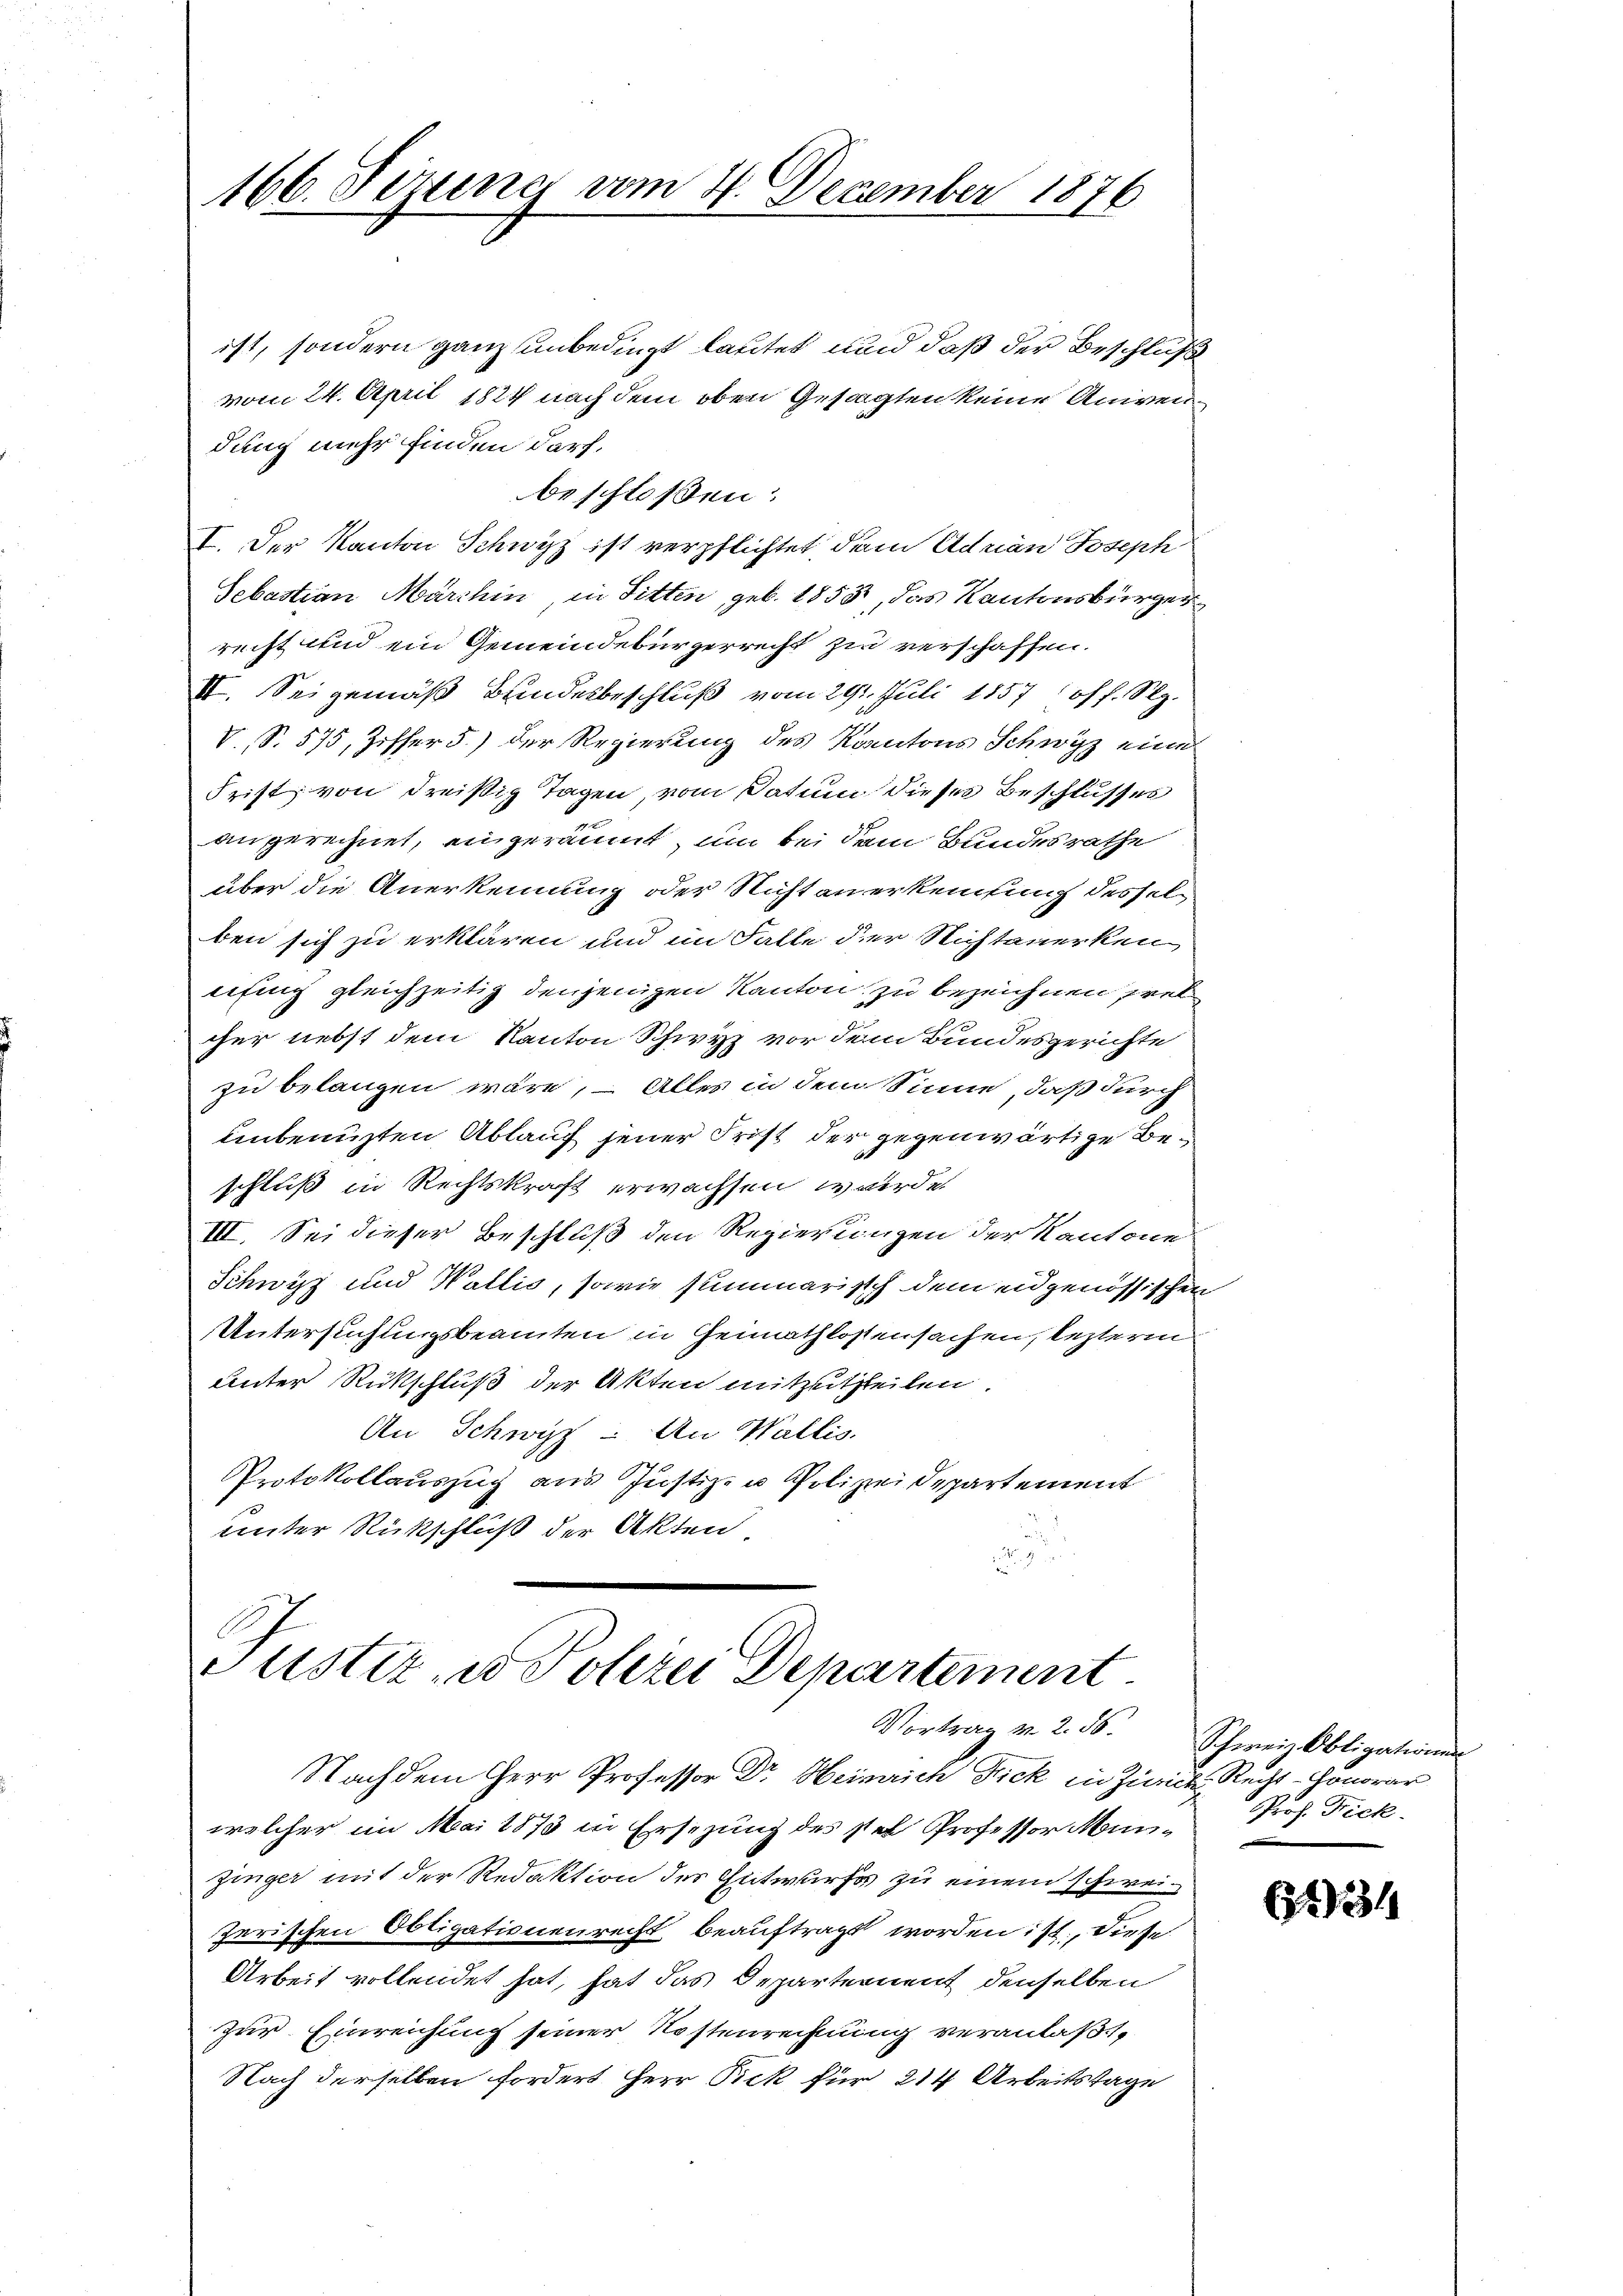
166. Sezung vom 27. December 1876

ist, sondern ganz unbedingt lautet und daß der Beschluß
vom 24. April 1824 nach dem oben Gesagten keine Univen
dung mehr finden darf.
beschloßen:
I. Der Kanton Schwyz ist verpflichtet, den Adrian Joseph
Sebastian Marthin, in Sitten, geb. 1853, das Kantonsbürger
recht und ein Gemeindebürgerrecht zu verschaffen.
II. Sei gemäß Bundesbeschluß vom 29. Juli 1857 (Off. S.
V., S. 575, Ziffer 5) der Regierung des Kantons Schwyz eine
Frist, von dreißig Tagen, vom Datum dieses Beschlusses
angerechnet, eingeräumt, um bei dem Bundesrathe
über die Anerkennung oder Nicht anerkennung desselben sich zu erklären und im Falle der Nichtverken
nfing gleichzeitig denjenigen Kanton zu bezeichnen prel
cher nebst dem Kanton Schwyz vor dem Bundesgerichte
zu belangen wäre, – Alles in dem Sinne, daß durch
enbenuzten Ablauf jener Frist der gegenwärtige Beschluß in Rechtskraft erwachsen wurde
III. Sei dieser Beschluß den Regierungen der Kantone
Schwyz und Wallis, sowie summarisch dem eidgenössischen
Untersuchungsbeamten in Gemathlossensachen, lezterm
unter Rückschluß der Akten mitzutheilen.
An Schwyz: An Wallis.
Protokollauszug aus Justiz- u Polizeidepartement
unter Rückschluß der Akten

Justiz, wo Polizei Departement

Nachdem Herr Professor Dr. Heinrich Fick in Zürich, Recht-Honorar
welcher im Mai 1873 in Ersezung des stel Professor Man- Prof. Fick
zinger mit der Redaktion des Entwurfs zu einem schweizerischen Obligationenrecht beauftragt worden ist, diese
Arbeit vollendet hat, hat das Departernent denselben
zur Einreichung seiner Kostenrechnung veranlaßt,
Nach derselben fordert Herr Pick für 214 Arbeitstage

Vortrag v. 2. 56. Schweiz Obligationen

6234